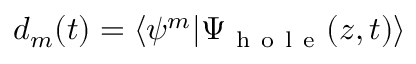
d _ { m } ( t ) = \langle \psi ^ { m } | \Psi _ { \mathrm { ~ h ~ o ~ l ~ e ~ } } ( z , t ) \rangle